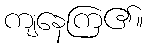
ကျနေကြ၏။